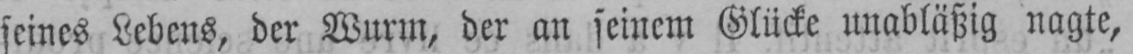
seines Lebens, der Wurm, der an seinem Glücke unabläßig nagte,